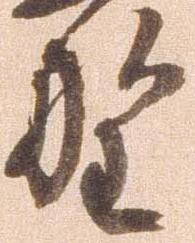
野